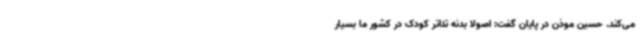
می‌کند. حسین موذن در پایان گفت: اصولا بدنه تئاتر کودک در کشور ما بسیار